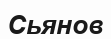
Сьянов